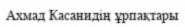
Ахмад Касанидің ұрпақтары